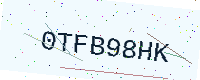
Text: 0TFB98HK